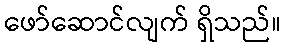
ဖော်ဆောင်လျက် ရှိသည်။